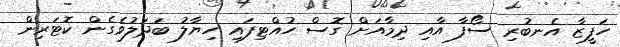
ހަފީޒާ އެނބުރި ސޯފާ އާއި ދިމާއަށް ގޮސް ހުއްޓިފައި ހިޔާލު ބަދަލުވެގެން ކޮޓަރިން